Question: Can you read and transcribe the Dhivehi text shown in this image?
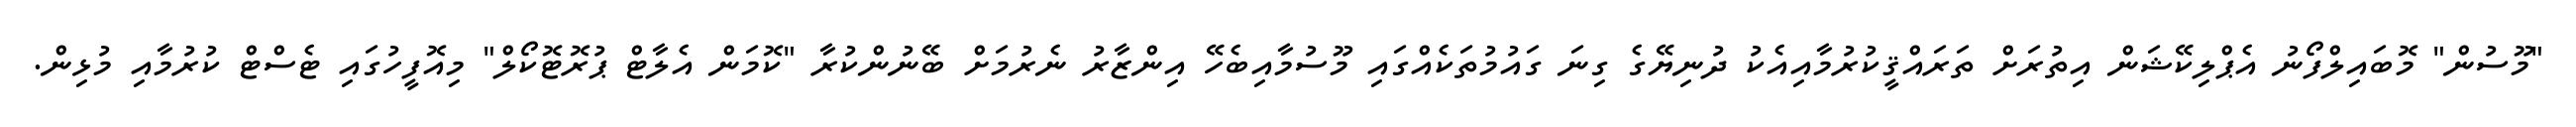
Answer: "މޫސުން" މޮބައިލްފޯނު އެޕްލިކޭޝަން އިތުރަށް ތަރައްޤީކުރުމާއިއެކު ދުނިޔޭގެ ގިނަ ގައުމުތަކެއްގައި މޫސުމާއިބެހޭ އިންޒާރު ނެރުމަށް ބޭނުންކުރާ "ކޮމަން އެލާޓް ޕުރޮޓޮކޯލް" މިއޮފީހުގައި ޓެސްޓް ކުރުމާއި މުޅިން.